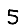
Digit: 5